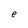
Character: e